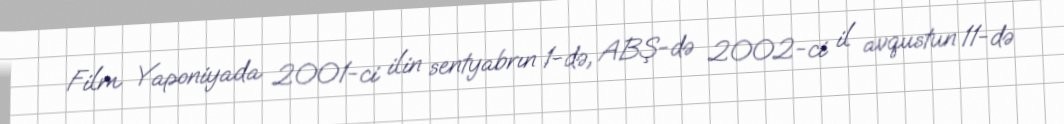
Film Yaponiyada 2001-ci ilin sentyabrın 1-də, ABŞ-də 2002-ci il avqustun 11-də